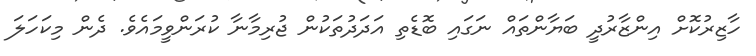
ހާޒިރުކޮށް އިންޒާރުދީ ބަޔާންތައް ނަގައި ބޮޑެތި އަދަދުތަކުން ޖުރިމާނާ ކުރަންވީމައެވެ. ދެން މިކަހަލަ